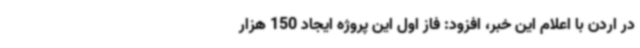
در اردن با اعلام این خبر، افزود: فاز اول این پروژه ایجاد 150 هزار